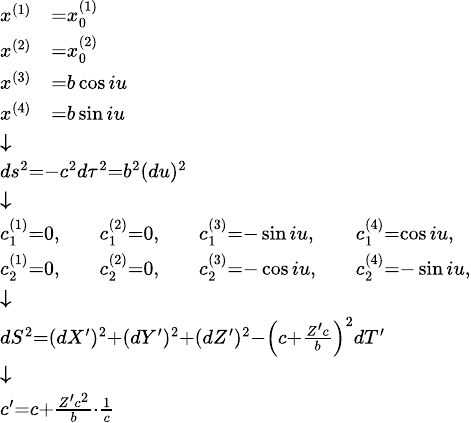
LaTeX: {\scriptstyle{\begin{array}{l}{{\begin{array}{rl}{x^{(1)}}&{=x_{0}^{(1)}}\\ {x^{(2)}}&{=x_{0}^{(2)}}\\ {x^{(3)}}&{=b\cos iu}\\ {x^{(4)}}&{=b\sin iu}\end{array}}}\\ {{\boldsymbol{\downarrow}}}\\ {ds^{2}=-c^{2}d\tau^{2}=b^{2}(du)^{2}}\\ {{\boldsymbol{\downarrow}}}\\ {{\begin{array}{lllllll}{c_{1}^{(1)}=0,}&&{c_{1}^{(2)}=0,}&&{c_{1}^{(3)}=-\sin iu,}&&{c_{1}^{(4)}=\cos iu,}\\ {c_{2}^{(1)}=0,}&&{c_{2}^{(2)}=0,}&&{c_{2}^{(3)}=-\cos iu,}&&{c_{2}^{(4)}=-\sin iu,}\end{array}}}\\ {{\boldsymbol{\downarrow}}}\\ {dS^{2}=(dX^{\prime})^{2}+(dY^{\prime})^{2}+(dZ^{\prime})^{2}-\left(c+{\frac{Z^{\prime}c}{b}}\right)^{2}dT^{\prime}}\\ {{\boldsymbol{\downarrow}}}\\ {c^{\prime}=c+{\frac{Z^{\prime}c^{2}}{b}}\cdot{\frac{1}{c}}}\end{array}}}